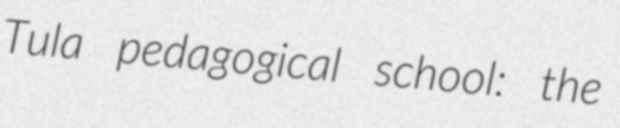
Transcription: Tula pedagogical school: the